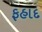
ફહાદ